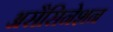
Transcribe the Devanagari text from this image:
असैसिनेशन